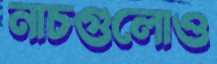
নাচগুলোও